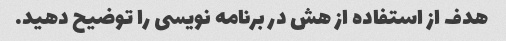
هدف از استفاده از هش در برنامه نویسی را توضیح دهید.